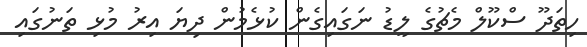
ހިތަދޫ ސްކޫލް މެޗުގެ ލީޑު ނަގައިގެން ކުޅެމުން ދިޔަ އިރު މުޅި ތަނުގައި